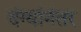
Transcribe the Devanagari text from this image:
दंग्यांनंतर